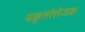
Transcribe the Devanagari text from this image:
यकृतोत्तेजक